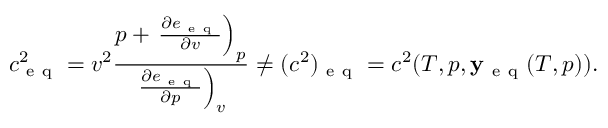
c _ { \mathrm { ~ e ~ q ~ } } ^ { 2 } = v ^ { 2 } \frac { p + \left. \frac { \partial e _ { \mathrm { ~ e ~ q ~ } } } { \partial v } \right) _ { p } } { \left. \frac { \partial e _ { \mathrm { ~ e ~ q ~ } } } { \partial p } \right) _ { v } } \ne ( c ^ { 2 } ) _ { \mathrm { ~ e ~ q ~ } } = c ^ { 2 } ( T , p , \mathbf { y _ { \mathrm { ~ e ~ q ~ } } } ( T , p ) ) .